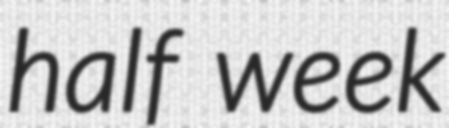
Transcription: half week